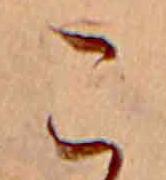
こ